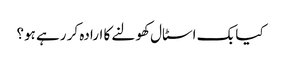
کیا بک اسٹال کھولنے کا ارادہ کر رہے ہو؟